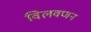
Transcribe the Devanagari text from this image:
विलवणन